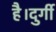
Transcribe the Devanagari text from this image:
है।दुर्गी